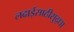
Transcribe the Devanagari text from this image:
लढाईसाठीसुद्धा